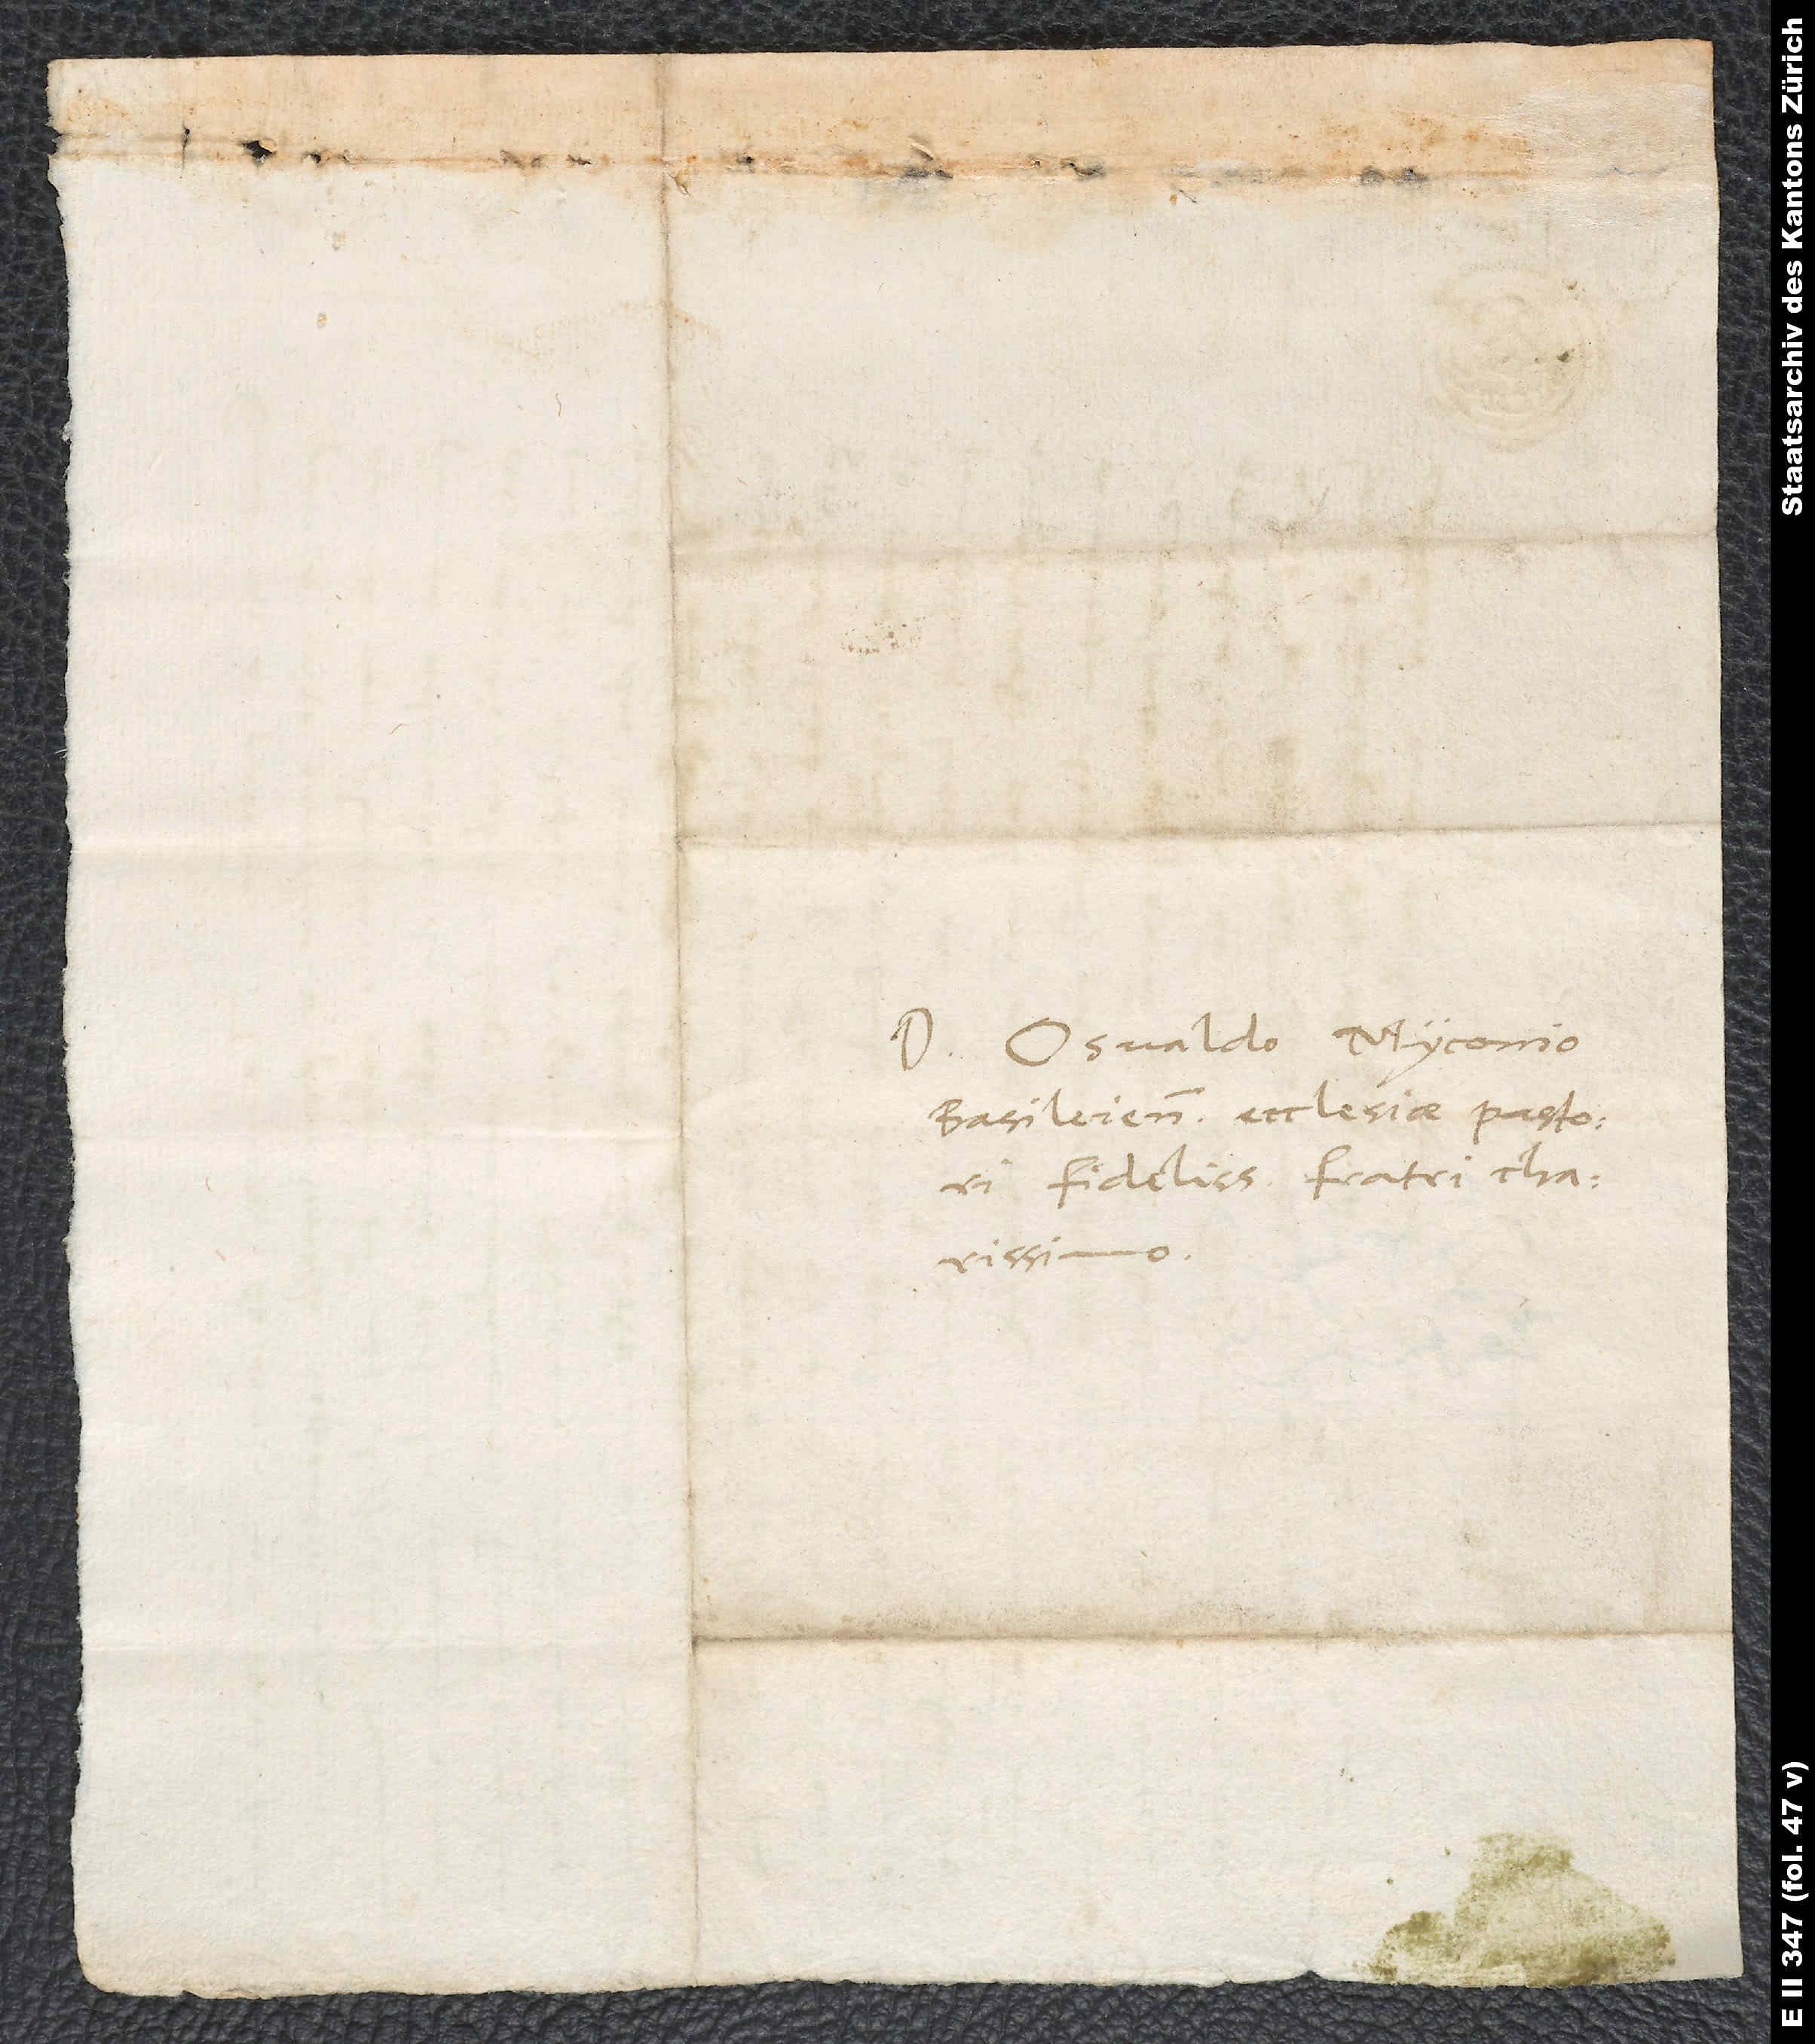
Domino Osvaldo Myconio,
Basileiensis ecclesiae pastori
fidelissimo, fratri charissimo.